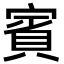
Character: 賓